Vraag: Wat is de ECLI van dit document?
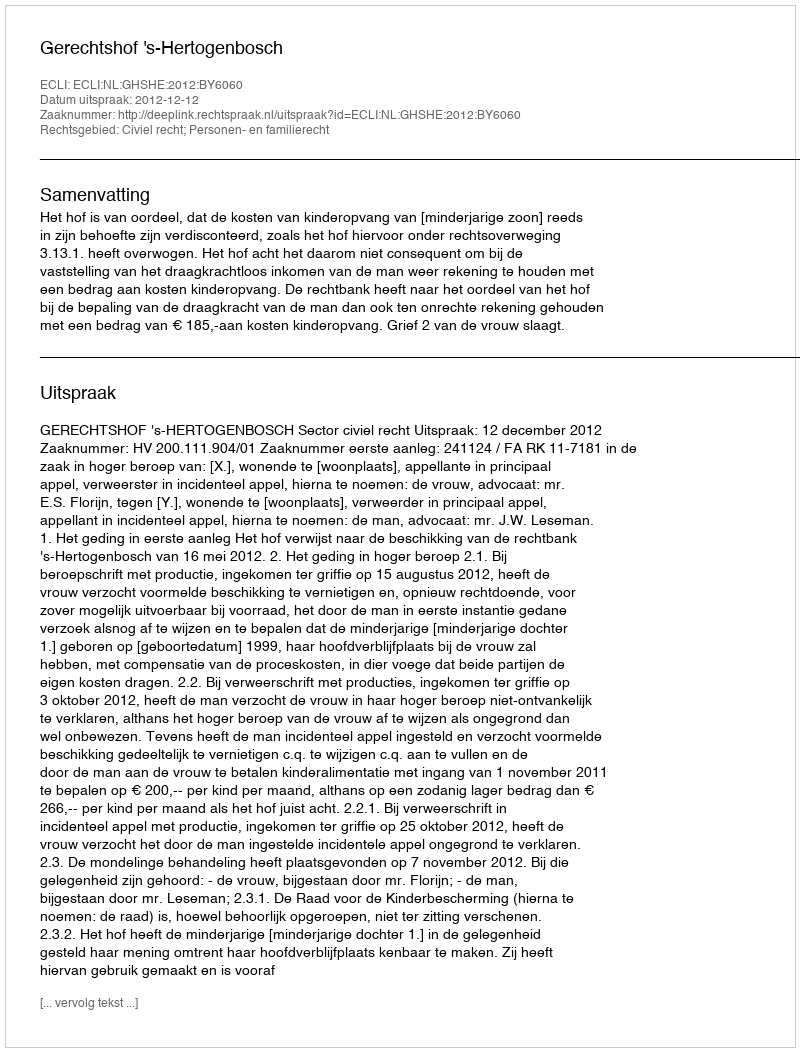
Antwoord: ECLI:NL:GHSHE:2012:BY6060